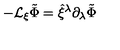
- { \cal L } _ { \xi } \tilde { \Phi } = \hat { \xi } ^ { \lambda } \partial _ { \lambda } \tilde { \Phi }